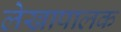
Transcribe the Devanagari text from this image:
लेखापालक